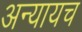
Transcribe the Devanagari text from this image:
अन्यायच